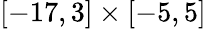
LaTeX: \left[-17,3\right]\times\left[-5,5\right]